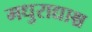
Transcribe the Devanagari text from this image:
मधुराद्याश्च